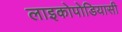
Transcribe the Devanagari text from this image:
लाइकोपोडियासी